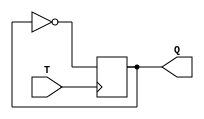
module T_latch(
    input T,
    output reg Q
);

always @(posedge T) begin
    Q <= ~Q;
end

endmodule